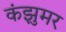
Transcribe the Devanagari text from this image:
कंझुमर